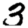
Digit: 3